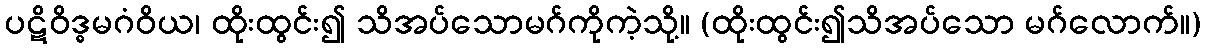
ပဋိဝိဒ္ဓမဂံဝိယ၊ ထိုးထွင်း၍ သိအပ်သောမဂ်ကိုကဲ့သို့။ (ထိုးထွင်း၍သိအပ်သော မဂ်လောက်။)